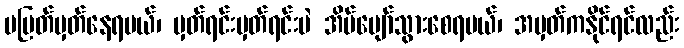
မပြတ်မှတ်နေရမယ်၊ မှတ်ရင်းမှတ်ရင်းပဲ အိပ်ပျော်သွားစေရမယ်၊ အမှတ်ကနိုင်ရင်လည်း